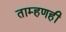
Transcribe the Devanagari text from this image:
ताम्हणही